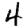
Digit: 4